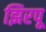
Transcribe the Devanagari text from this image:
झिरपू